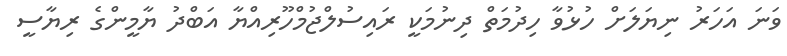
ވަނަ އަހަރު ނިޔަލަށް ހުޅުވާ ހިދުމަތް ދިނުމަކީ ރައިސުލްޖުމްހޫރިއްޔާ އަބްދު ޔާމީންގެ ރިޔާސީ